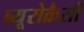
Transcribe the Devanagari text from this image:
ब्यूरोक्रैसी